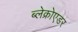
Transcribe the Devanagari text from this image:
ब्लेक्रोएडर